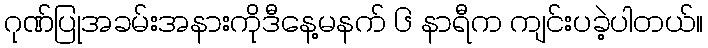
ဂုဏ်ပြုအခမ်းအနားကိုဒီနေ့မနက် ၆ နာရီက ကျင်းပခဲ့ပါတယ်။